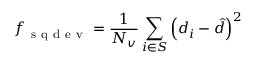
f _ { \mathrm { ~ s ~ q ~ d ~ e ~ v ~ } } = \frac { 1 } { N _ { v } } \sum _ { i \in S } \left( d _ { i } - \hat { d } \right) ^ { 2 }